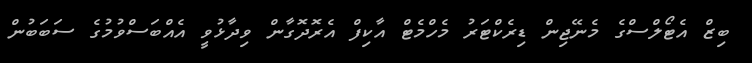
ބިޒް އެޓޯލްސްގެ މެނޭޖިން ޑިރެކްޓަރު މެހްމެޓް އާކިފް އެރޮދޮގާން ވިދާޅުވީ އެއްބަސްވުމުގެ ސަބަބުން